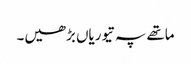
ماتھے پہ تیوریاں بڑھیں۔